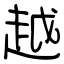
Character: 越